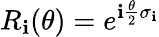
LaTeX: R_{\mathbf{i}}(\theta)=e^{\mathbf{i}\frac{{\theta}}{{2}}\sigma_{\mathbf{i}}}